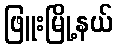
ဖြူးမြို့နယ်